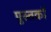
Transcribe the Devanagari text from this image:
पुस्तकॉ